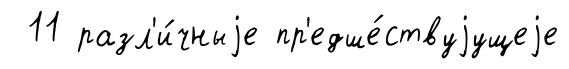
11 разл'и́чныjе пр'едше́ствуjущеjе